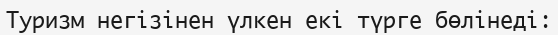
Туризм негізінен үлкен екі түрге бөлінеді: